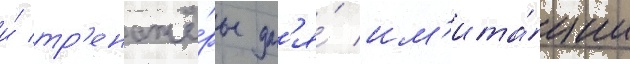
и́ тр'енажё́ры дл'я́ им'ита́ции